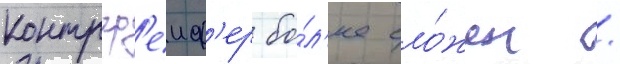
контргр'еиф'ер бо́л'ее сло́жен /